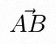
\vec{AB}